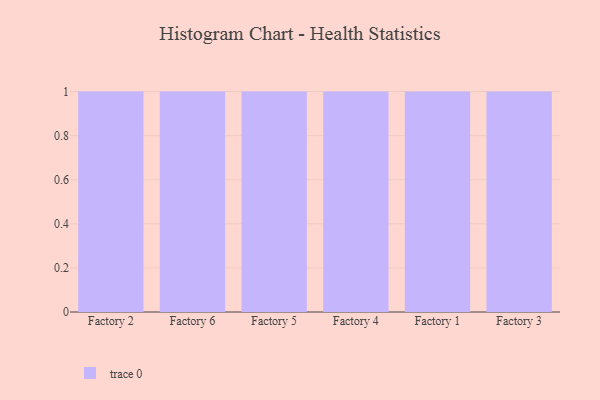
{"axis": {"x": "Factory", "y": "Production Output"}, "legend": [""], "data": [{"x": "Factory 2", "y": 91, "type": ""}, {"x": "Factory 6", "y": 39, "type": ""}, {"x": "Factory 5", "y": 47, "type": ""}, {"x": "Factory 4", "y": 18, "type": ""}, {"x": "Factory 1", "y": 28, "type": ""}, {"x": "Factory 3", "y": 43, "type": ""}]}